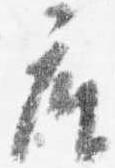
座